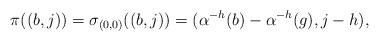
LaTeX: \begin{align*}\pi((b,j))=\sigma_{(0,0)}((b,j))=(\alpha^{-h}(b)-\alpha^{-h}(g),j-h),\end{align*}